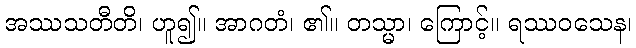
အဿသတီတိ၊ ဟူ၍။ အာဂတံ၊ ၏။ တသ္မာ၊ ကြောင့်။ ရဿဝသေန၊